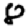
Digit: 8